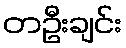
တဦးချင်း